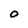
Character: O